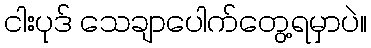
ငါးပုဒ် သေချာပေါက်တွေ့ရမှာပဲ။